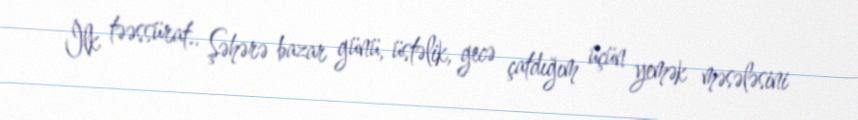
İlk təəssürat.. Şəhərə bazar günü, üstəlik, gecə çatdığım üçün yemək məsələsini